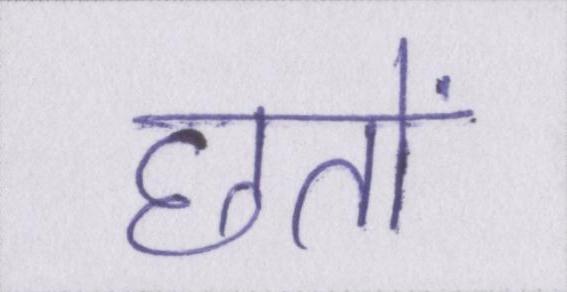
छतों